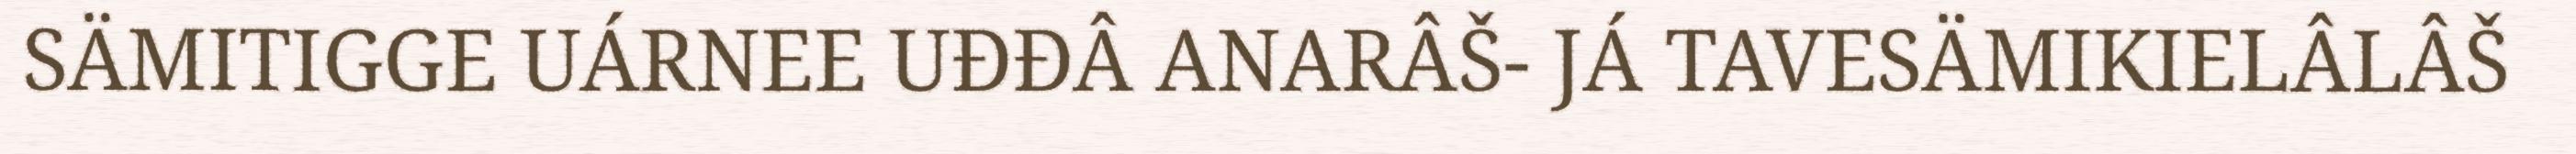
SÄMITIGGE UÁRNEE UĐĐÂ ANARÂŠ- JÁ TAVESÄMIKIELÂLÂŠ